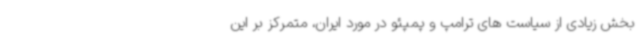
بخش زیادی از سیاست های ترامپ و پمپئو در مورد ایران، متمرکز بر این